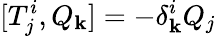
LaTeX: [T_{j}^{i},Q_{\mathbf{k}}]=-\delta_{\mathbf{k}}^{i}Q_{j}